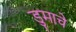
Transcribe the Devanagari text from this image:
डुमाचे